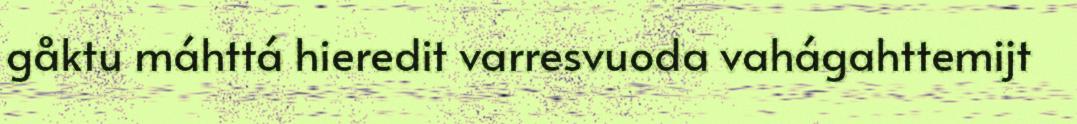
gåktu máhttá hieredit varresvuoda vahágahttemijt